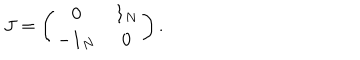
J = \left( \begin{matrix} { { { \bf 0 } } } & { { { \bf 1 } _ { N } } } \\ { { - { \bf 1 } _ { N } } } & { { { \bf 0 } } } \\ \end{matrix} \right) .